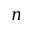
n